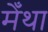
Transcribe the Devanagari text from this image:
मेँथा